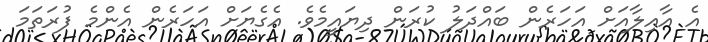
އެ އާއިލާއަށް އަހަރެން ބައްދަލު ކުރަން ދިޔައީމެވެ. އެގެޔަށް އަހަރެން އެންމެ ފުރަތަމަ